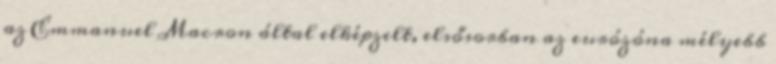
az Emmanuel Macron által elképzelt, elsősorban az eurózóna mélyebb